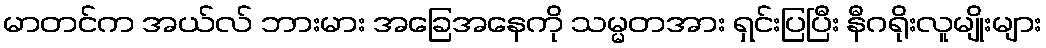
မာတင်က အယ်လ် ဘားမား အခြေအနေကို သမ္မတအား ရှင်းပြပြီး နီဂရိုးလူမျိုးများ